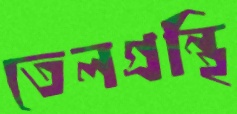
তেলগ্রন্থি